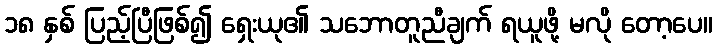
၁၈ နှစ် ပြည့်ပြီဖြစ်၍ ရှေးယု၏ သဘောတူညီချက် ရယူဖို့ မလို တော့ပေ။